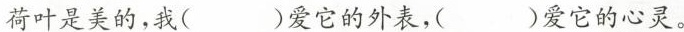
荷叶是美的，我( )爱它的外表，( )爱它的心灵。